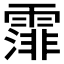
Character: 𩄼